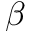
\beta